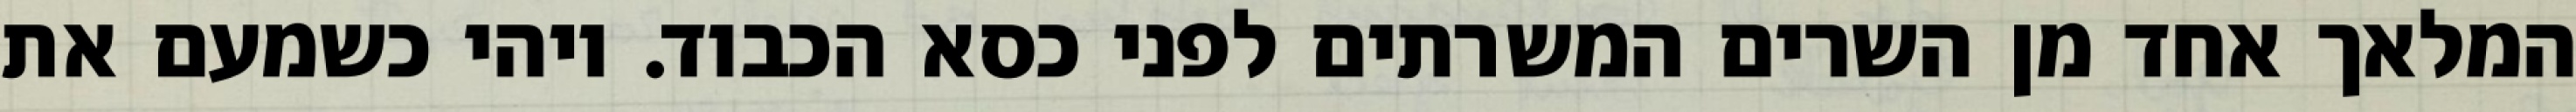
המלאך אחד מן השרים המשרתים לפני כסא הכבוד. ויהי כשמעם את